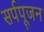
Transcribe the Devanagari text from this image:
सर्पपूजन